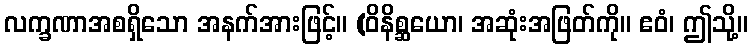
လက္ခဏာအစရှိသော အနက်အားဖြင့်။ (ဝိနိစ္ဆယော၊ အဆုံးအဖြတ်ကို။ ဧဝံ၊ ဤသို့။